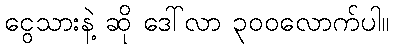
ငွေသားနဲ့ ဆို ဒေါ်လာ ၃၀၀လောက်ပါ။